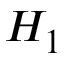
H _ { 1 }